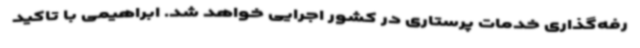
رفه‌گذاری خدمات پرستاری در کشور اجرایی خواهد شد. ابراهیمی با تاکید